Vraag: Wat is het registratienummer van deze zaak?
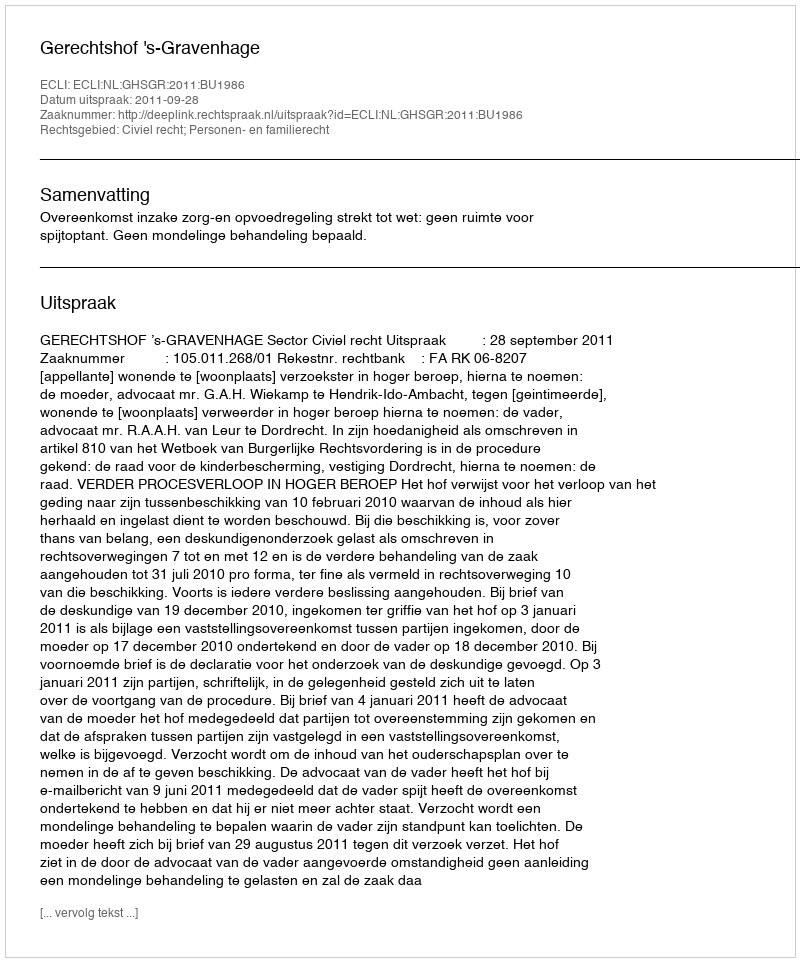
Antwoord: http://deeplink.rechtspraak.nl/uitspraak?id=ECLI:NL:GHSGR:2011:BU1986